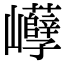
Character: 𡿒